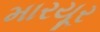
મારયૂર